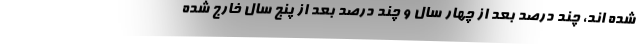
شده اند، چند درصد بعد از چهار سال و چند درصد بعد از پنج سال خارج شده